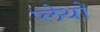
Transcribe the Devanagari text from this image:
प्लेथो